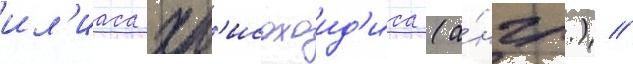
ил'иаса хр'исохоид'иса (а́нгл.) /